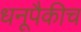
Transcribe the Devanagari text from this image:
धनूपैकीच